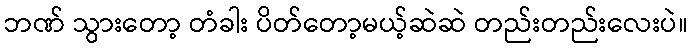
ဘဏ် သွားတော့ တံခါး ပိတ်တော့မယ့်ဆဲဆဲ တည်းတည်းလေးပဲ။